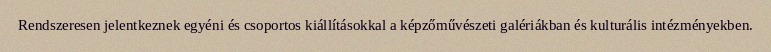
Rendszeresen jelentkeznek egyéni és csoportos kiállításokkal a képzőművészeti galériákban és kulturális intézményekben.